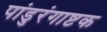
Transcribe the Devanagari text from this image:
पांडुरंगाष्टक